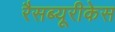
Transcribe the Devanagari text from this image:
रैसब्यूरीकेस